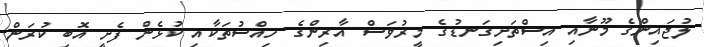
ލުޖައިންގެ މޫނާއި އިސްތަށިގަނޑުގެ މީރުވަސް އާރިންގެ ހިއްސުތަކާއި ކުޅެން ފެށީ އޮބި ކުރަން